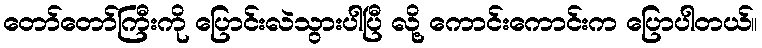
တော်တော်ကြီးကို ပြောင်းလဲသွားပါပြီ လို့ ကောင်းကောင်းက ပြောပါတယ်။